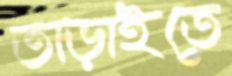
তাড়াইতে